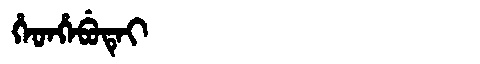
Manchu: ᡥᡝᡨᡥᡝᠪᡠᡨᡝᡳ
Romanization: HETHEBUTEI